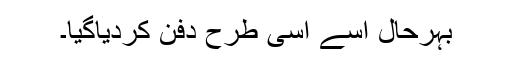
بہرحال اسے اسی طرح دفن کردیاگیا۔